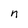
Character: n